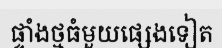
ផ្ទាំងថ្មធំមួយផ្សេងទៀត